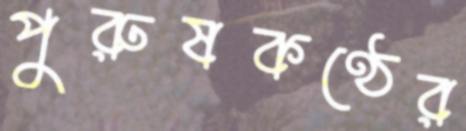
পুরুষকণ্ঠের